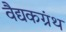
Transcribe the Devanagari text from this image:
वैद्यकग्रंथ